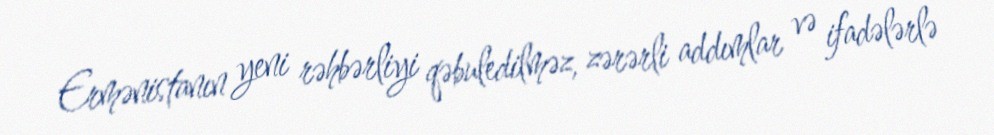
Ermənistanın yeni rəhbərliyi qəbuledilməz, zərərli addımlar və ifadələrlə